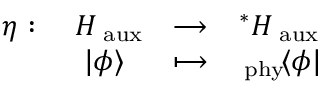
\begin{array} { c c c c } { { \eta : } } & { { \ { \cal H } _ { \mathrm { \tiny ~ a u x } } } } & { { \longrightarrow } } & { { ^ * { \cal H } _ { \mathrm { \tiny ~ a u x } } } } \\ { { } } & { { | \phi \rangle } } & { { \longmapsto } } & { { _ { \mathrm { \tiny ~ p h y } } \! \langle \phi | } } \end{array}